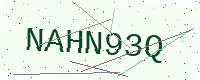
Text: NAHN93Q